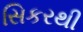
સિકરથી